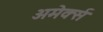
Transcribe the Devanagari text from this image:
अमेर्क्स